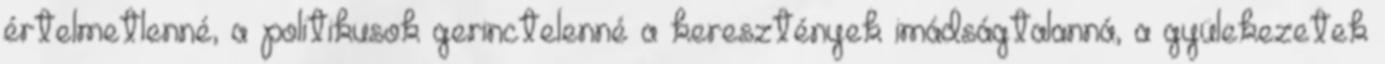
értelmetlenné, a politikusok gerinctelenné a keresztények imádságtalanná, a gyülekezetek